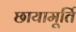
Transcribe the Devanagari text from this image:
छायामूर्ति